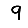
Digit: 9